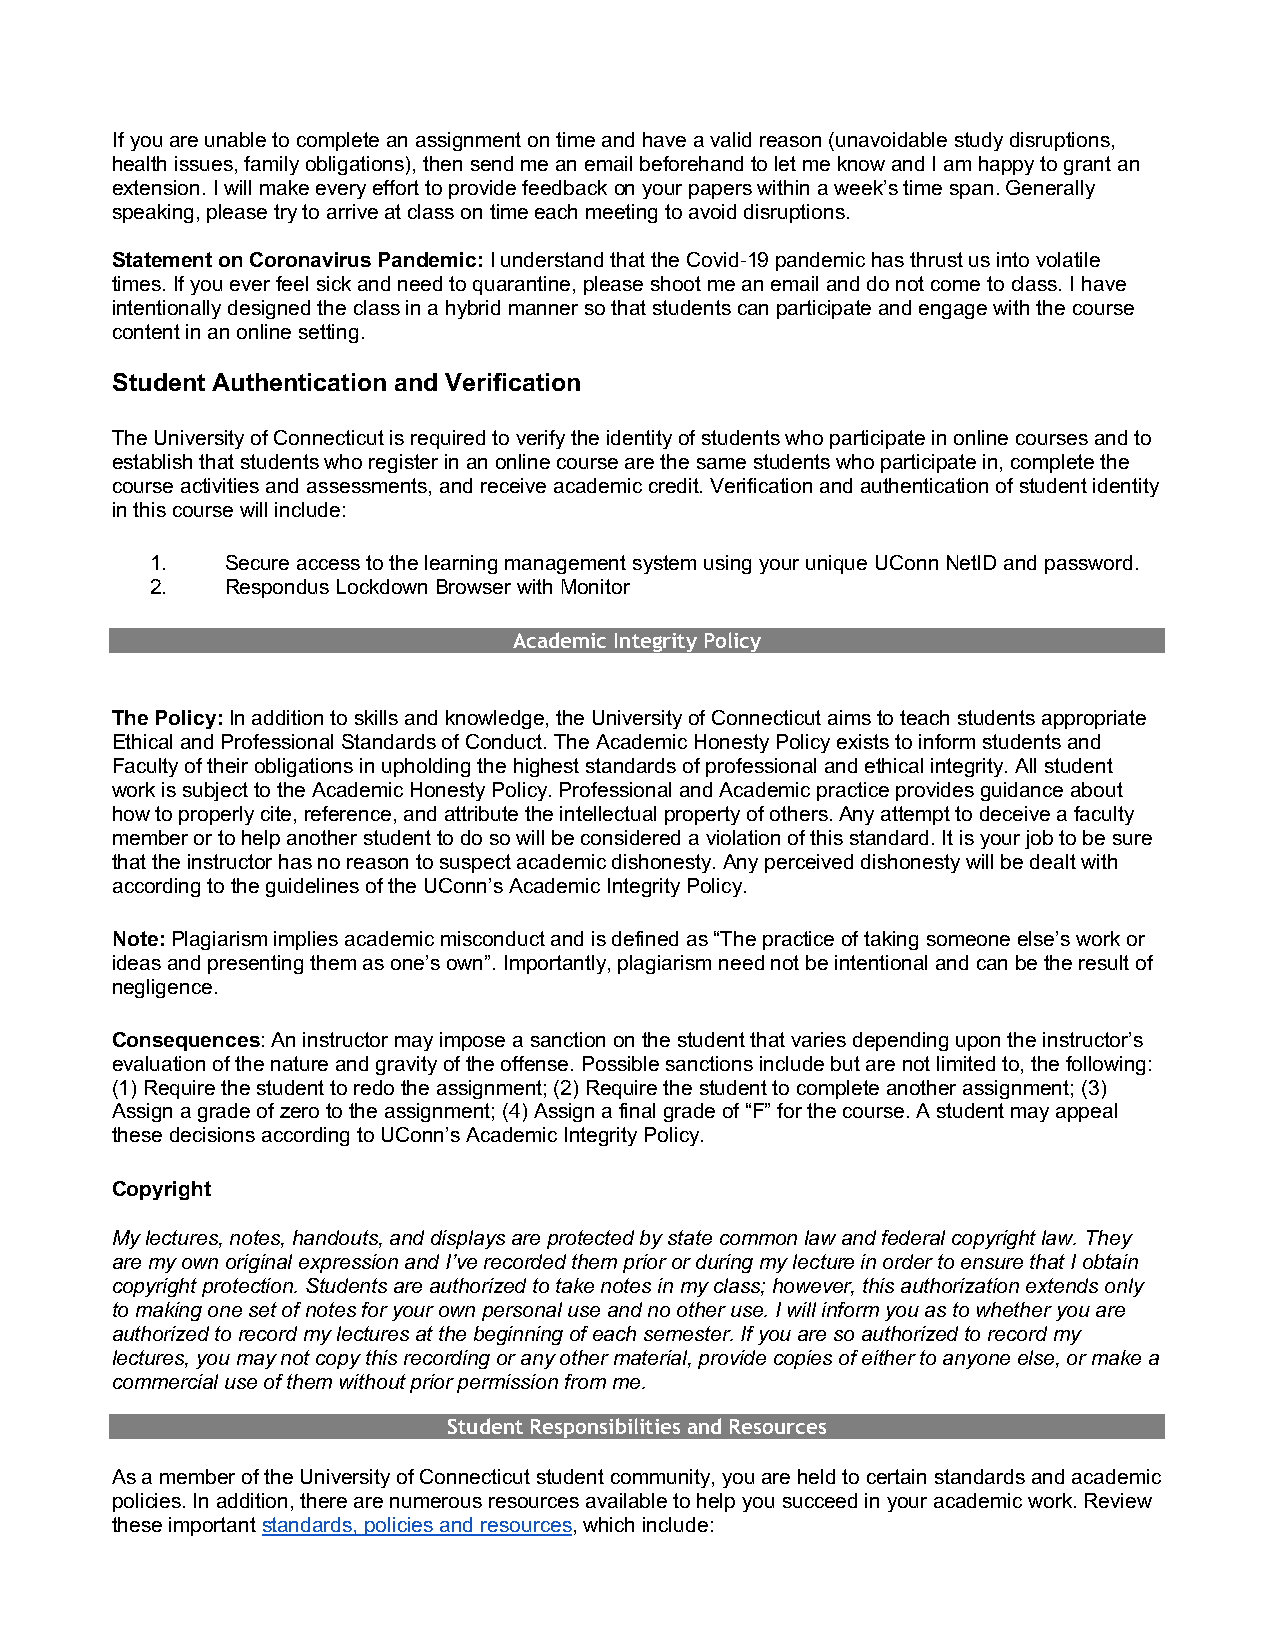
If you are unable to complete an assignment on time and have a valid reason (unavoidable study disruptions,
 health issues, family obligations), then send me an email beforehand to let me know and I am happy to grant an
 extension. I will make every effort to provide feedback on your papers within a week’s time span. Generally
 speaking, please try to arrive at class on time each meeting to avoid disruptions.
 Statement on Coronavirus Pandemic: I understand that the Covid-19 pandemic has thrust us into volatile
 times. If you ever feel sick and need to quarantine, please shoot me an email and do not come to class. I have
 intentionally designed the class in a hybrid manner so that students can participate and engage with the course
 content in an online setting.
 Student Authentication and Verification
 The University of Connecticut is required to verify the identity of students who participate in online courses and to
 establish that students who register in an online course are the same students who participate in, complete the
 course activities and assessments, and receive academic credit. Verification and authentication of student identity
 in this course will include:
 1.   Secure access to the learning management system using your unique UConn NetID and password.
 2.   Respondus Lockdown Browser with Monitor
 Academic Integrity Policy
 The Policy: In addition to skills and knowledge, the University of Connecticut aims to teach students appropriate
 Ethical and Professional Standards of Conduct. The Academic Honesty Policy exists to inform students and
 Faculty of their obligations in upholding the highest standards of professional and ethical integrity. All student
 work is subject to the Academic Honesty Policy. Professional and Academic practice provides guidance about
 how to properly cite, reference, and attribute the intellectual property of others. Any attempt to deceive a faculty
 member or to help another student to do so will be considered a violation of this standard. It is your job to be sure
 that the instructor has no reason to suspect academic dishonesty. Any perceived dishonesty will be dealt with
 according to the guidelines of the UConn’s Academic Integrity Policy.
 Note: Plagiarism implies academic misconduct and is defined as “The practice of taking someone else’s work or
 ideas and presenting them as one’s own”. Importantly, plagiarism need not be intentional and can be the result of
 negligence.
 Consequences: An instructor may impose a sanction on the student that varies depending upon the instructor’s
 evaluation of the nature and gravity of the offense. Possible sanctions include but are not limited to, the following:
 (1) Require the student to redo the assignment; (2) Require the student to complete another assignment; (3)
 Assign a grade of zero to the assignment; (4) Assign a final grade of “F” for the course. A student may appeal
 these decisions according to UConn’s Academic Integrity Policy.
 Copyright
 My lectures, notes, handouts, and displays are protected by state common law and federal copyright law. They
 are my own original expression and I’ve recorded them prior or during my lecture in order to ensure that I obtain
 copyright protection. Students are authorized to take notes in my class; however, this authorization extends only
 to making one set of notes for your own personal use and no other use. I will inform you as to whether you are
 authorized to record my lectures at the beginning of each semester. If you are so authorized to record my
 lectures, you may not copy this recording or any other material, provide copies of either to anyone else, or make a
 commercial use of them without prior permission from me.
 Student Responsibilities and Resources
 As a member of the University of Connecticut student community, you are held to certain standards and academic
 policies. In addition, there are numerous resources available to help you succeed in your academic work. Review
 these important standards, policies and resources, which include: